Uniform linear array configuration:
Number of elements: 32
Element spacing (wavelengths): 0.5
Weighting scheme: blackman
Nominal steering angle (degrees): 15
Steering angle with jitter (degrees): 16.077
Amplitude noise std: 0.05
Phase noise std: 0.05

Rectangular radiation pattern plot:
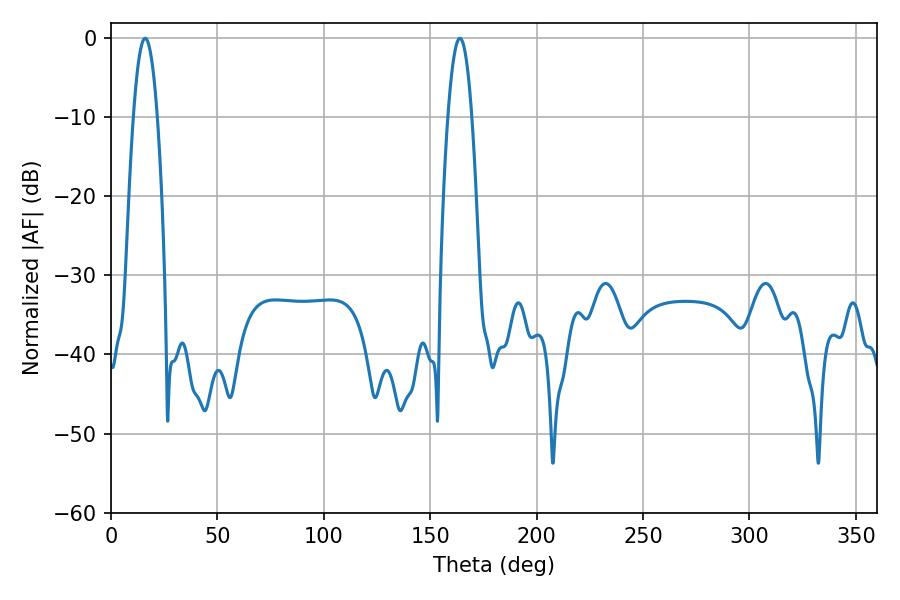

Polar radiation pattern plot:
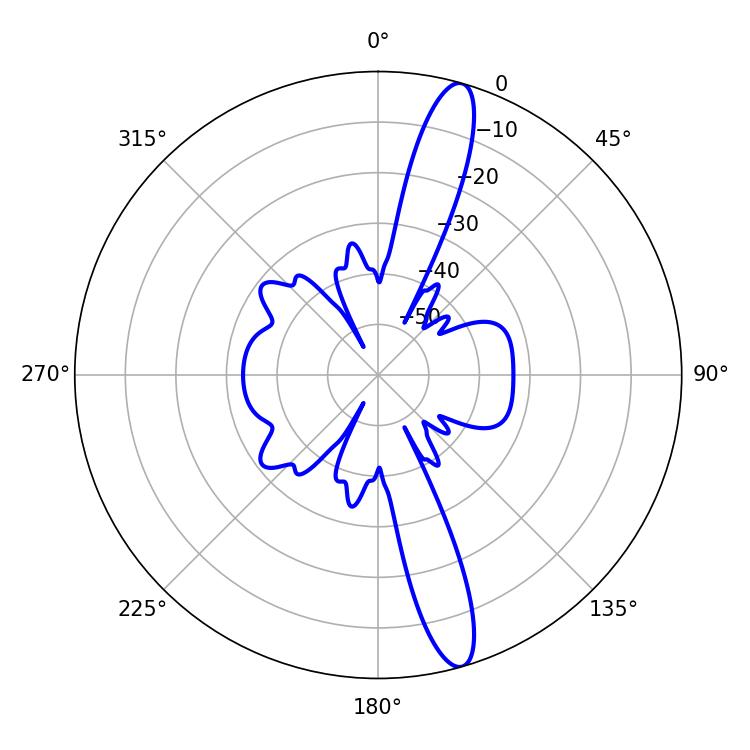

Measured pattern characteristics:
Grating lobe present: FALSE
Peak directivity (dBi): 14.931
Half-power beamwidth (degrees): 6.12
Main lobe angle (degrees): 16.02